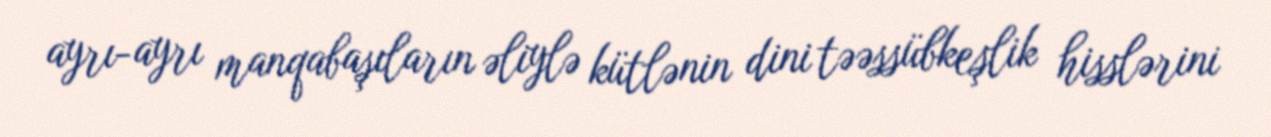
ayrı-ayrı manqabaşıların əliylə kütlənin dini təəssübkeşlik hisslərini